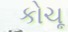
કોચૂ